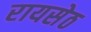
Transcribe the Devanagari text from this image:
रायसेठ